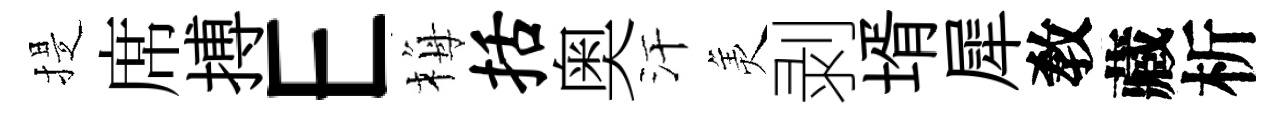
提席搏E梅括奥汗羙剥壻犀敎藏析